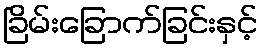
ခြိမ်းခြောက်ခြင်းနှင့်